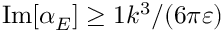
\mathrm { I m } [ \boldsymbol { \alpha } _ { E } ] \geq \boldsymbol { 1 } k ^ { 3 } / ( 6 \pi \varepsilon )